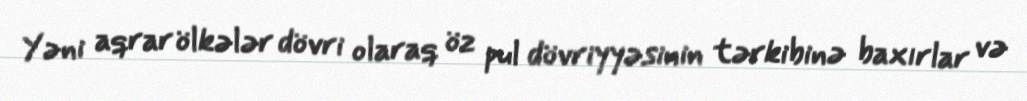
Yəni aqrar ölkələr dövri olaraq öz pul dövriyyəsinin tərkibinə baxırlar və